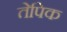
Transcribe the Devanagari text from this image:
तेपिक